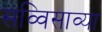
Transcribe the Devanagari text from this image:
सव्विसाव्या